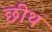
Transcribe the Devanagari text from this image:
छीथ